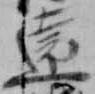
遠